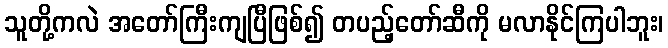
သူတို့ကလဲ အတော်ကြီးကျပြီဖြစ်၍ တပည့်တော်ဆီကို မလာနိုင်ကြပါဘူး၊